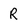
Character: R